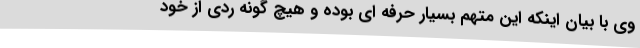
وی با بیان اینکه این متهم بسیار حرفه ای بوده و هیچ گونه ردی از خود